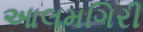
આલમગિરી